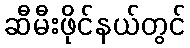
ဆီမီးဖိုင်နယ်တွင်